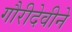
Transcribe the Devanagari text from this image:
गौरीदेवीने